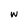
Character: w